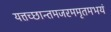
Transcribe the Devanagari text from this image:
यत्तच्छान्तमजरममृतमभयं